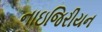
નાઇજિરીયન